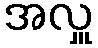
အလှူ